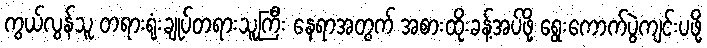
ကွယ်လွန်သူ တရားရုံးချုပ်တရားသူကြီး နေရာအတွက် အစားထိုးခန့်အပ်ဖို့ ရွေးကောက်ပွဲကျင်းပဖို့